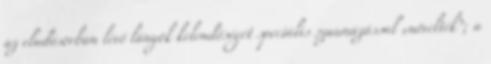
az eladósorban lévő lányok kelendőségét speciális szaunázással „növelték”; a